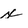
Character: x